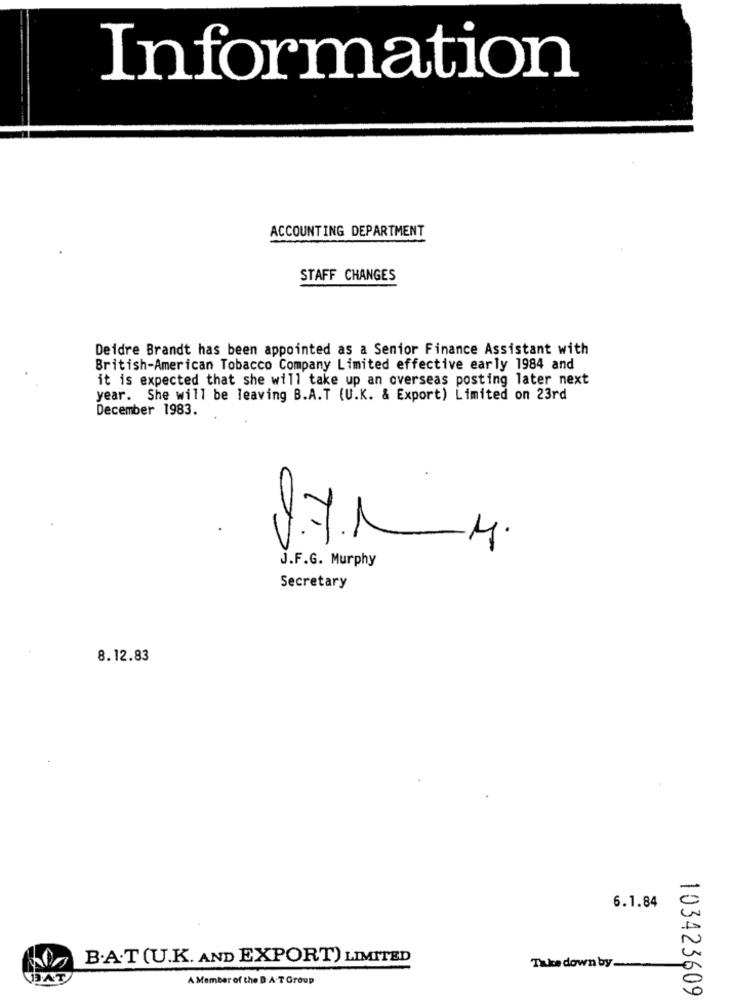
Information
ACCOUNTING DEPARTMENT
STAFF CHANGES
Deidre Brandt has been appointed as a Senior Finance Assistant with
British-American Tobacco Company Limited effective early 1984 and
it is expected that she will take up an overseas posting later next
year. She will be leaving B.A.T (U.K. & Export) Limited on 23rd
December 1983.
J.F.G. Murphy
Secretary
8.12.83
-
0
6.1.84
B.A.T(U.K. AND EXPORT) LIMITED
Take down by-
HAT
A Member of the B A.T Group
103423609